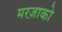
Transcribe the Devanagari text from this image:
मरज़ाको